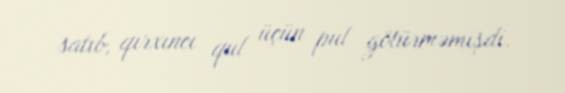
satıb, qırxıncı qul üçün pul götürməmişdi.